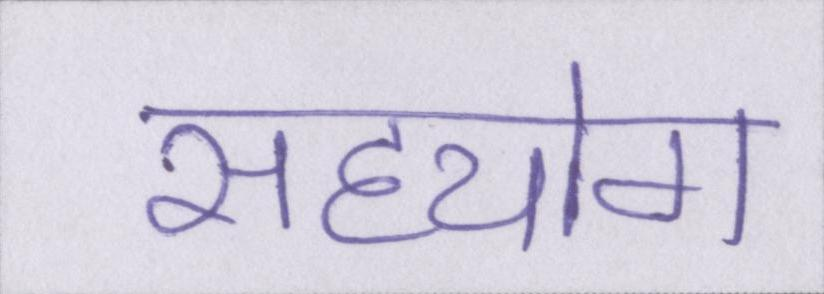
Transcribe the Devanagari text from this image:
सहयोग